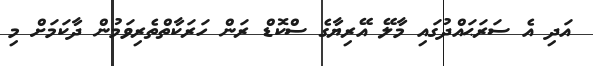
އަދި އެ ސަރަޙައްދުގައި މާލޭ އޭރިޔާގެ ސްކޮޑް ރަން ހަރަކާތްތެރިވަމުން ދާކަމަށް މި